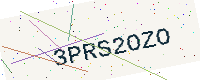
Text: 3PRS2OZO